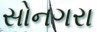
સોનગરા